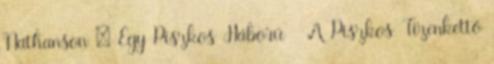
Nathanson – Egy Piszkos Háború A Piszkos Tizenkettő